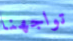
تواجهنا